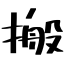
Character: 搬